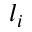
l _ { i }